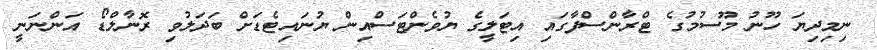
ނިމިދިޔަ ހޫނު މޫސުމުގެ ޓްރާންސްފާގައި އިޓަލީގެ ޔުވެންޓަސްއިން ޔުނައިޓެޑަށް ބަދަލުވި ރޮނާލްޑޯ އަންނަނީ